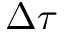
\Delta \tau